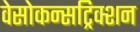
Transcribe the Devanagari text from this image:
वेसोकन्सट्रिक्शन